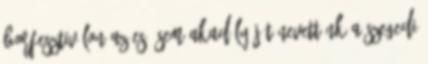
borfesztiválon az eső sem akadály Jót nevettünk a szegedi